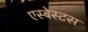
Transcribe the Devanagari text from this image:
एस्‍बेस्‍टस